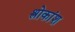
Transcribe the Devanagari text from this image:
श्लोकांश